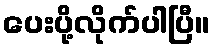
ပေးပို့လိုက်ပါပြီ။